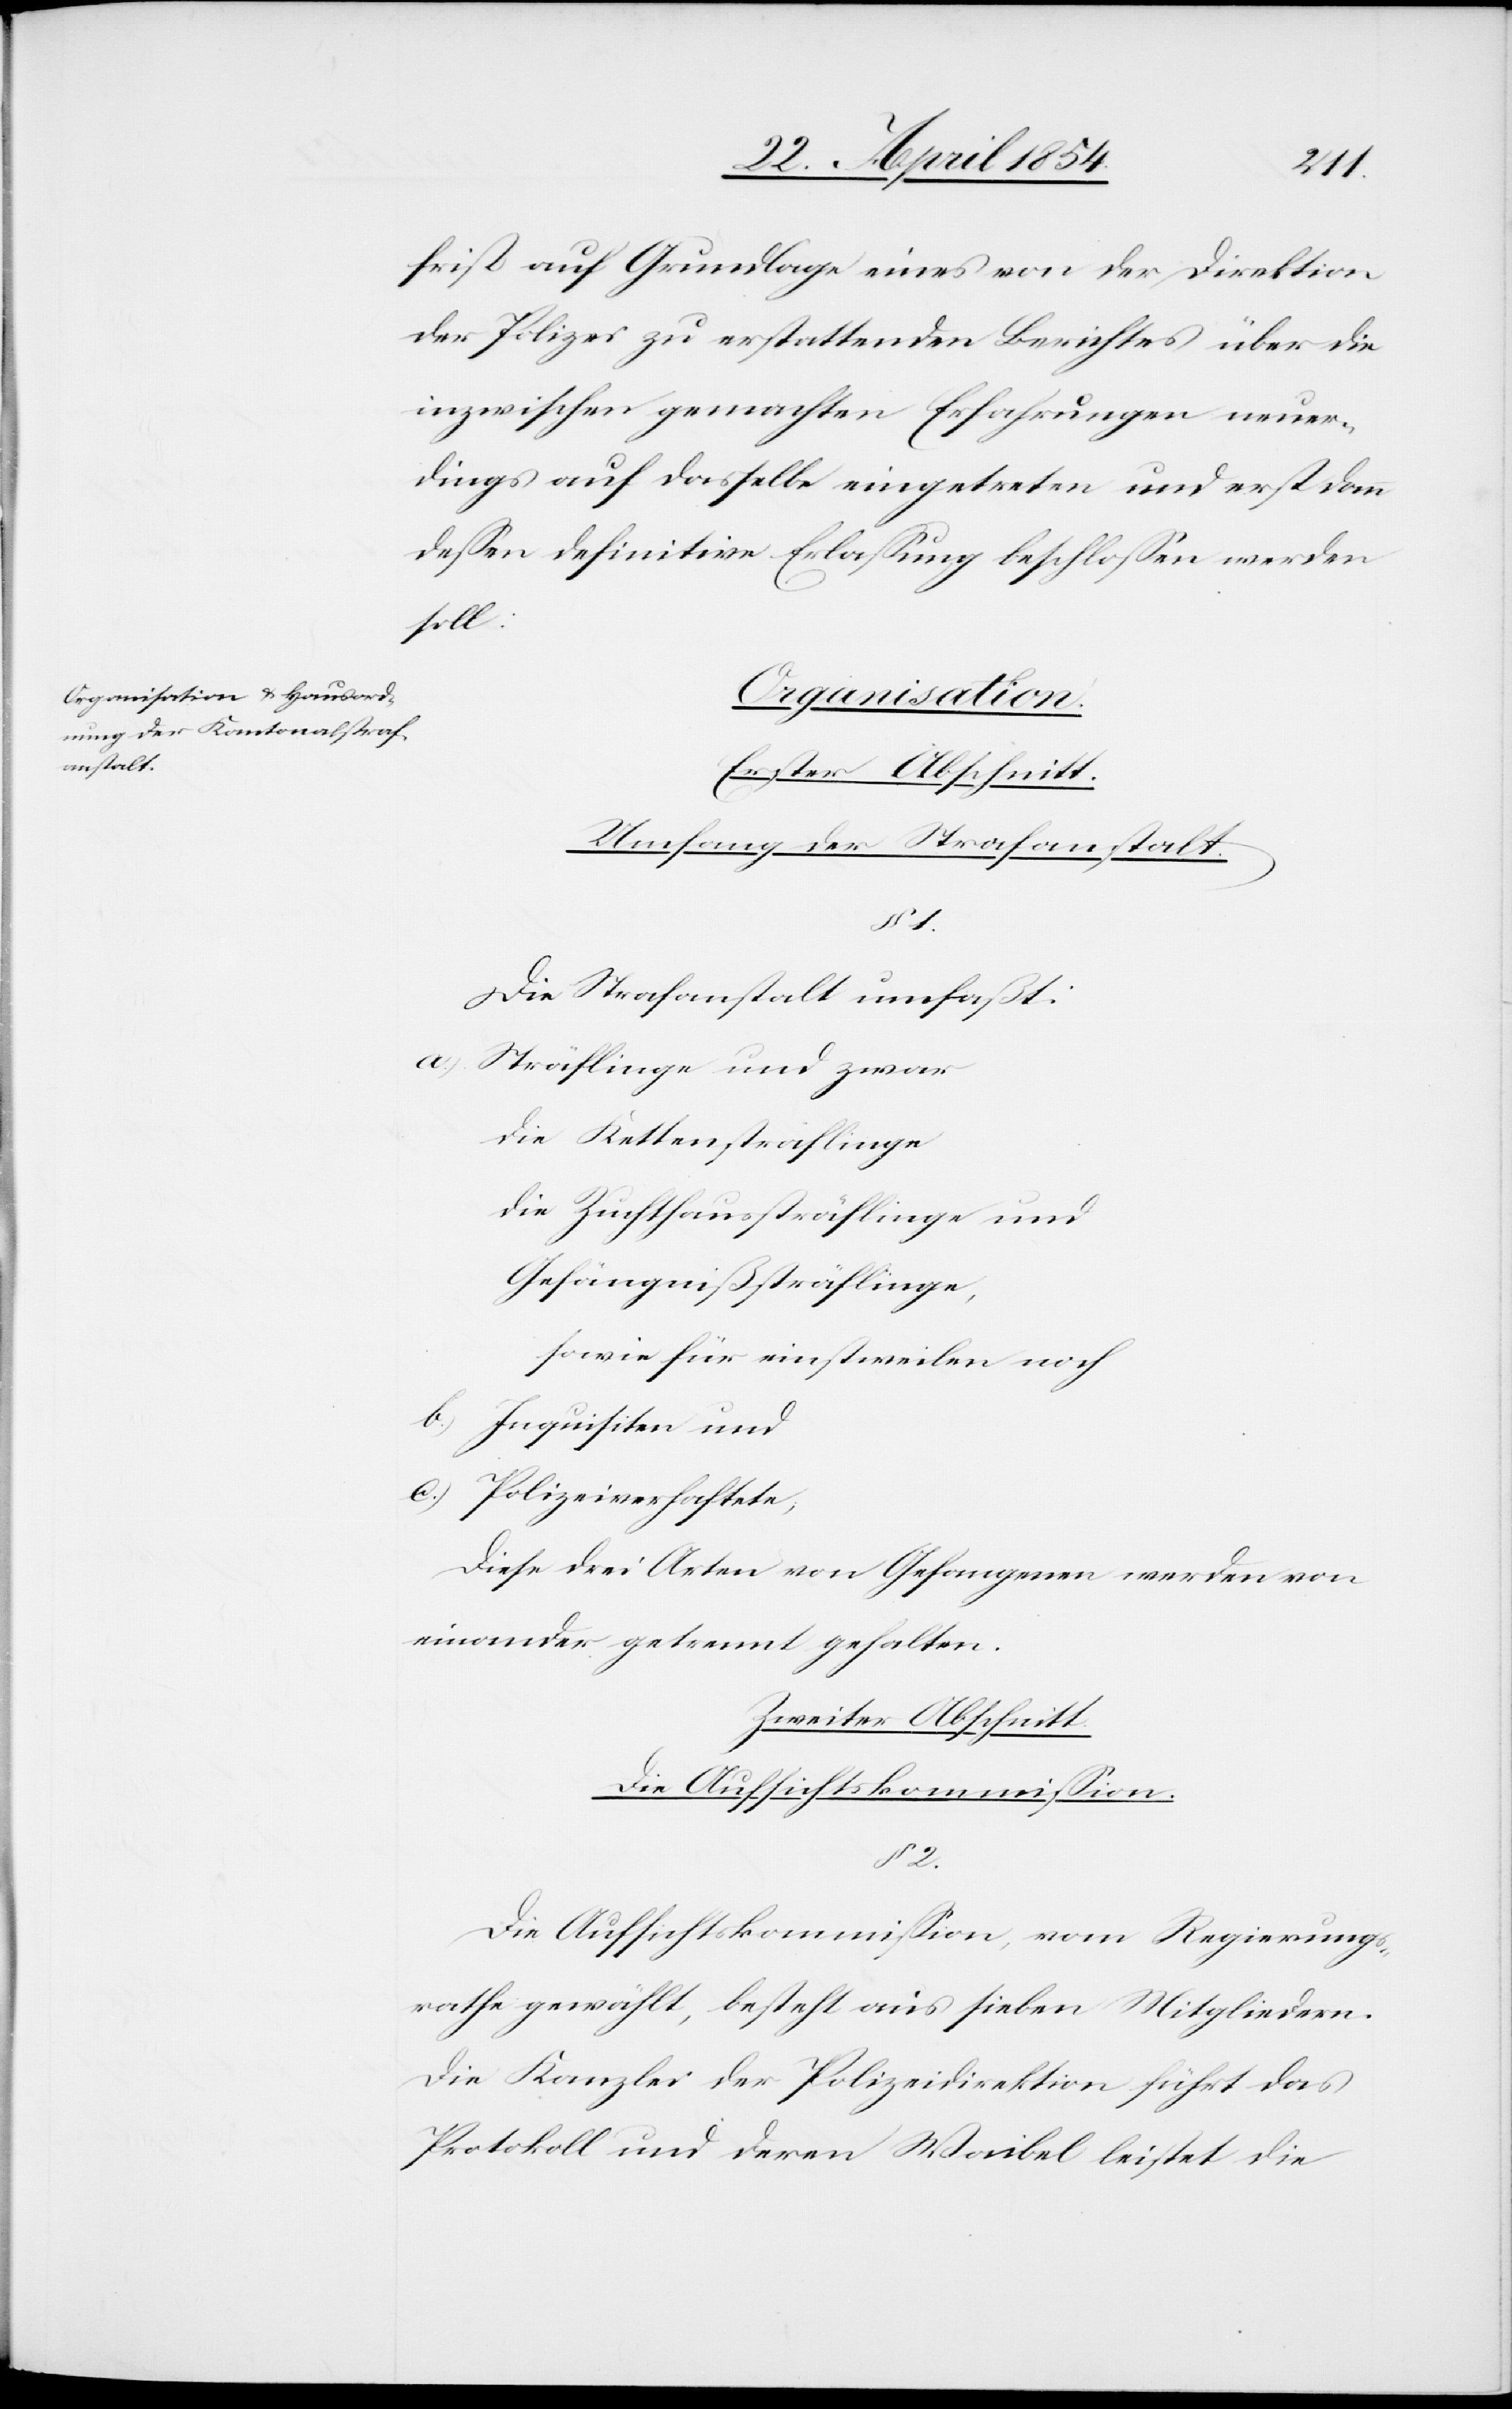
frist auf Grundlage eines von der Direktion
der Polizei zu erstattenden Berichtes über die
inzwischen gemachten Erfahrungen neuer¬
dings auf dasselbe eingetreten und erst dann
deßen definitive Erlaßung beschloßen werden
soll:
Organisation
Umfang der Strafanstalt.
§ 1.
Die Strafanstalt umfaßt:
a.) Sträflinge und zwar
die Kettensträflinge
die Zuchthaussträflinge und
Gefängnißsträflinge,
sowie für einstweilen noch
b.) Inquisiten und
c.) Polizeiverhaftete;
Diese drei Arten von Gefangenen werden von
einander getrennt gehalten.
Zweiter Abschnitt
Die Aufsichtskommißion.
§ 2.
Die Aufsichtskommißion, vom Regierungs¬
rathe gewählt, besteht aus sieben Mitgliedern.
Die Kanzlei der Polizeidirektion führt das
Protokoll und deren Waibel leistet die